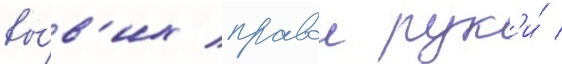
вы́в'их правои рук'и́ /